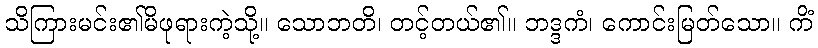
သိကြားမင်း၏မိဖုရားကဲ့သို့။ သောဘတိ၊ တင့်တယ်၏။ ဘဒ္ဒကံ၊ ကောင်းမြတ်သော။ ကိံ